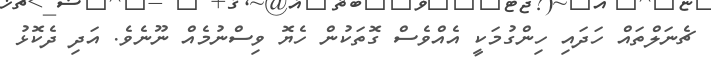
ޗެނަލްތައް ހަދައި ހިންގުމަކީ އެއްވެސް ގޮތަކުން ހެޔޮ ވިސްނުމެއް ނޫނެވެ. އަދި ދެކޮޅު